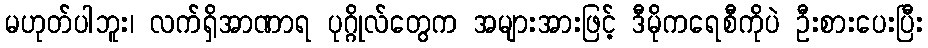
မဟုတ်ပါဘူး၊ လက်ရှိအာဏာရ ပုဂ္ဂိုလ်တွေက အများအားဖြင့် ဒီမိုကရေစီကိုပဲ ဦးစားပေးပြီး